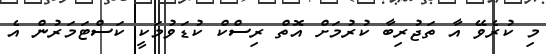
މި ކުރެވޭ އާ ތަޖުރިބާ ކުރުމަށް އޮތް ރިސްކް ކުޑަވުމަކީ ކަސްޓަމަރުން އެ